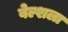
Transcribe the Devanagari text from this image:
वेल्शला